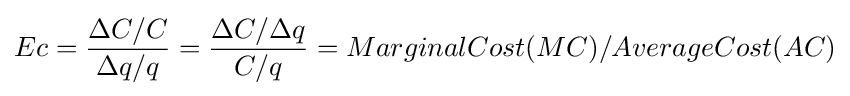
Ec={\frac {\Delta C/C}{\Delta q/q}}={\frac {\Delta C/\Delta q}{C/q}}=MarginalCost(MC)/AverageCost(AC)